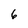
Character: 6